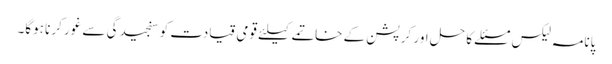
پانامہ لیکس مسئلے کا حل اور کرپشن کے خاتمے کیلئے قومی قیادت کو سنجیدگی سے غور کرنا ہوگا۔